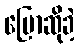
ပြောဆိုခဲ့